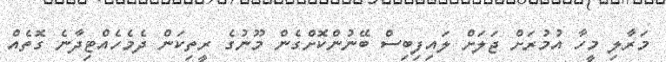
މަރާލި މީހާ އުމުރަށް ޖަލަށް ލައިފިބިސް ބޭނުންކޮށްގެން މޫނުގެ ރީތިކަން ދެމެހެއްޓިދާނެ ގޮތެއް